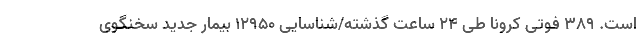
است. ۳۸۹ فوتی کرونا طی ۲۴ ساعت گذشته/شناسایی ۱۲۹۵۰ بیمار جدید سخنگوی